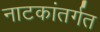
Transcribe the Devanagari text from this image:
नाटकांतर्गत